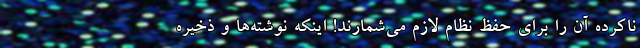
ناکرده آن را برای حفظ نظام لازم می‌شمارند! اینکه نوشته‌ها و ذخیره